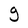
Character: g